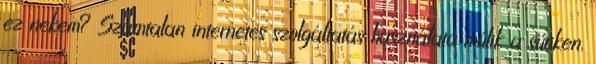
ez nekem? Számtalan internetes szolgáltatás használata múlik a sütiken.